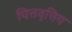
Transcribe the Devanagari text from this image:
चित्तवृत्तिय